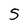
Character: S